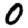
Digit: 0